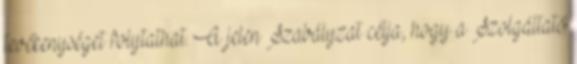
tevékenységet folytathat. A jelen Szabályzat célja, hogy a Szolgáltató